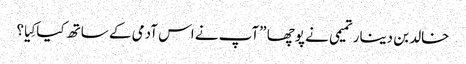
خالد بن دینار تمیمی نے پوچھا ”آپ نے اس آدمی کے ساتھ کیا کِیا؟